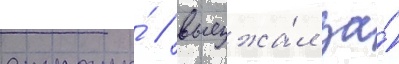
страны́ / выезжа́л за́